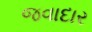
જવાદાર